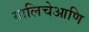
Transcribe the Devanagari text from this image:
गालिचेआणि